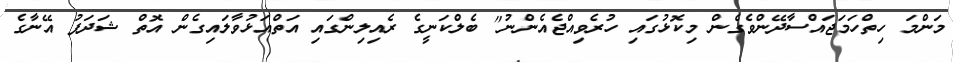
މަންމަ ހިތްހަމަޖައްސާދޭންވެގެން މިކޮޅުގައި ހުރެވިއްޖެއެންނު" ބެލްކަނީގެ ރެއިލިންގައި އަތްއަޅުވާލައިގެން އޮތް ޝަދަފު އޭނާގެ